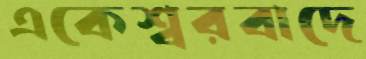
একেশ্বরবাদে